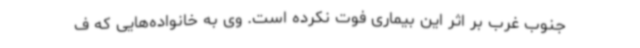
جنوب غرب بر اثر این بیماری فوت نکرده است. وی به خانواده‌هایی که ف